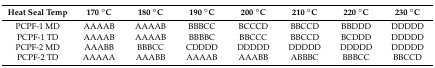
| Heat Seal Temp | 170 °C | 180 °C | 190 °C | 200 °C | 210 °C | 220 °C | 230 °C |
 | --- | --- | --- | --- | --- | --- | --- | --- |
 | PCPF-1 MD | AAAAB | AAAAB | BBBCC | BCCCD | BBCCD | BBDDD | DDDDD |
 | PCPF-1 TD | AAAAB | AAAAB | BBBBC | BBCCC | BBCCD | BCDDD | DDDDD |
 | PCPF-2 MD | AAABB | BBBCC | CDDDD | DDDDD | DDDDD | DDDDD | DDDDD |
 | PCPF-2 TD | AAAAA | AAABB | AAAAB | AAABB | ABBBC | BBBCC | BBCCD |